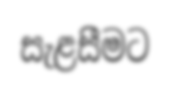
සැළසීමට